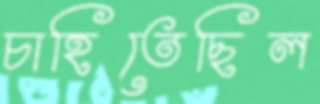
চাহিতেছিল